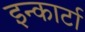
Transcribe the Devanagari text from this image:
इन्कार्टा